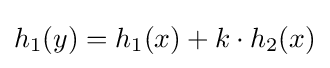
h_{1}(y)=h_{1}(x)+k\cdot h_{2}(x)